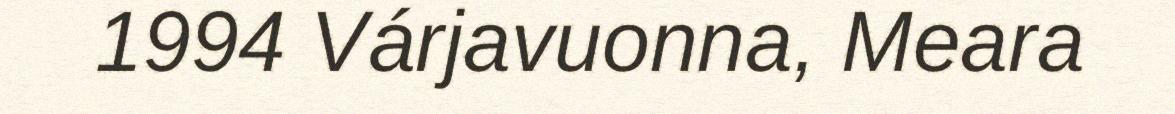
1994 Várjavuonna, Meara